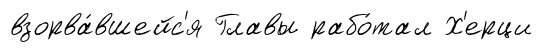
взорва́вшейс'я Главы рабо́тал Х'ерци